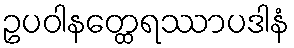
ဥပဝါနတ္ထေရဿာပဒါနံ